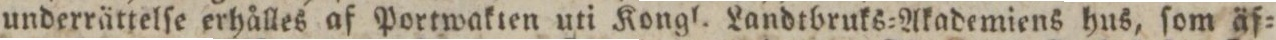
underrättelſe erhålles af Portwakten uti Kongl. Landtbruks=Akademiens hus, ſom äf=